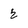
Character: 2